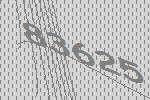
83625